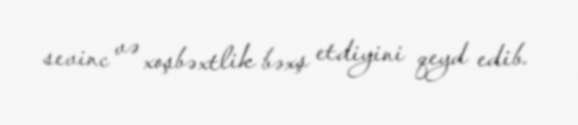
sevinc və xoşbəxtlik bəxş etdiyini qeyd edib.